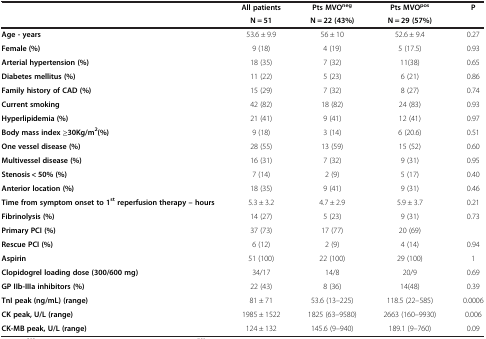
<table><thead><tr><td><b> </b></td><td><b>All patients</b></td><td><b>Pts MVO<sup>neg</sup></b></td><td><b>Pts MVO<sup>pos</sup></b></td><td><b>P</b></td></tr><tr><td><b> </b></td><td><b>N = 51</b></td><td><b>N = 22 (43%)</b></td><td><b>N = 29 (57%)</b></td><td><b> </b></td></tr></thead><tbody><tr><td><b>Age - years</b></td><td>53.6 ± 9.9</td><td>56 ± 10</td><td>52.6 ± 9.4</td><td>0.27</td></tr><tr><td><b>Female (%)</b></td><td>9 (18)</td><td>4 (19)</td><td>5 (17.5)</td><td>0.93</td></tr><tr><td><b>Arterial hypertension (%)</b></td><td>18 (35)</td><td>7 (32)</td><td>11(38)</td><td>0.65</td></tr><tr><td><b>Diabetes mellitus (%)</b></td><td>11 (22)</td><td>5 (23)</td><td>6 (21)</td><td>0.86</td></tr><tr><td><b>Family history of CAD (%)</b></td><td>15 (29)</td><td>7 (32)</td><td>8 (27)</td><td>0.74</td></tr><tr><td><b>Current smoking</b></td><td>42 (82)</td><td>18 (82)</td><td>24 (83)</td><td>0.93</td></tr><tr><td><b>Hyperlipidemia (%)</b></td><td>21 (41)</td><td>9 (41)</td><td>12 (41)</td><td>0.97</td></tr><tr><td><b>Body mass index ≥30Kg/m</b><sup><b>2</b></sup><b>(%)</b></td><td>9 (18)</td><td>3 (14)</td><td>6 (20.6)</td><td>0.51</td></tr><tr><td><b>One vessel disease (%)</b></td><td>28 (55)</td><td>13 (59)</td><td>15 (52)</td><td>0.60</td></tr><tr><td><b>Multivessel disease (%)</b></td><td>16 (31)</td><td>7 (32)</td><td>9 (31)</td><td>0.95</td></tr><tr><td><b>Stenosis &lt; 50% (%)</b></td><td>7 (14)</td><td>2 (9)</td><td>5 (17)</td><td>0.40</td></tr><tr><td><b>Anterior location (%)</b></td><td>18 (35)</td><td>9 (41)</td><td>9 (31)</td><td>0.46</td></tr><tr><td><b>Time from symptom onset to 1</b><sup><b>st </b></sup><b>reperfusion therapy – hours</b></td><td>5.3 ± 3.2</td><td>4.7 ± 2.9</td><td>5.9 ± 3.7</td><td>0.21</td></tr><tr><td><b>Fibrinolysis (%)</b></td><td>14 (27)</td><td>5 (23)</td><td>9 (31)</td><td>0.73</td></tr><tr><td><b>Primary PCI (%)</b></td><td>37 (73)</td><td>17 (77)</td><td>20 (69)</td><td> </td></tr><tr><td><b>Rescue PCI (%)</b></td><td>6 (12)</td><td>2 (9)</td><td>4 (14)</td><td>0.94</td></tr><tr><td><b>Aspirin</b></td><td>51 (100)</td><td>22 (100)</td><td>29 (100)</td><td>1</td></tr><tr><td><b>Clopidogrel loading dose (300/600 mg)</b></td><td>34/17</td><td>14/8</td><td>20/9</td><td>0.69</td></tr><tr><td><b>GP IIb-IIIa inhibitors (%)</b></td><td>22 (43)</td><td>8 (36)</td><td>14(48)</td><td>0.39</td></tr><tr><td><b>TnI peak (ng/mL) (range)</b></td><td>81 ± 71</td><td>53.6 (13–225)</td><td>118.5 (22–585)</td><td>0.0006</td></tr><tr><td><b>CK peak, U/L (range)</b></td><td>1985 ± 1522</td><td>1825 (63–9580)</td><td>2663 (160–9930)</td><td>0.006</td></tr><tr><td><b>CK-MB peak, U/L (range)</b></td><td>124 ± 132</td><td>145.6 (9–940)</td><td>189.1 (9–760)</td><td>0.09</td></tr></tbody></table>